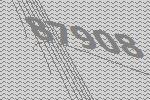
87908